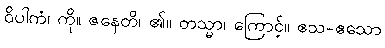
ဝိပါကံ၊ ကို။ ဇနေတိ၊ ၏။ တသ္မာ၊ ကြောင့်။ ဧသ-ဧသော